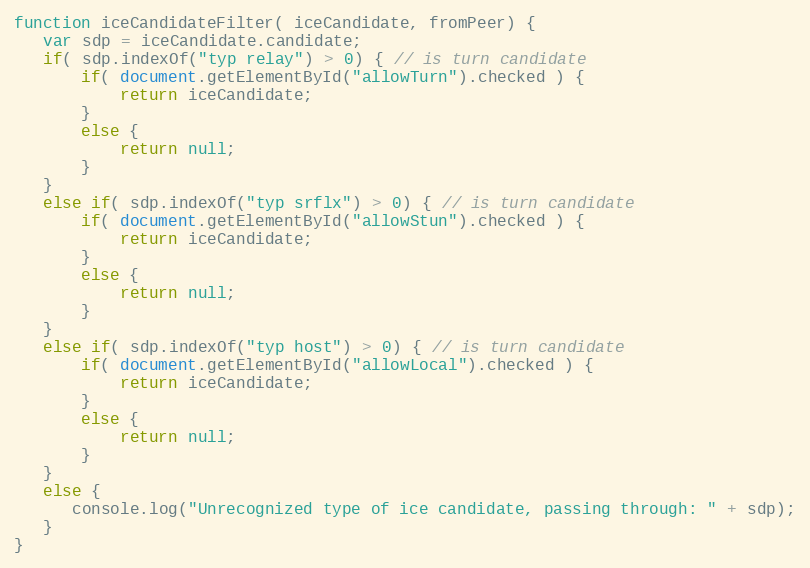
Language: JavaScript
function iceCandidateFilter( iceCandidate, fromPeer) {
   var sdp = iceCandidate.candidate;
   if( sdp.indexOf("typ relay") > 0) { // is turn candidate
       if( document.getElementById("allowTurn").checked ) {
           return iceCandidate;
       }
       else {
           return null;
       }
   }
   else if( sdp.indexOf("typ srflx") > 0) { // is turn candidate
       if( document.getElementById("allowStun").checked ) {
           return iceCandidate;
       }
       else {
           return null;
       }
   }
   else if( sdp.indexOf("typ host") > 0) { // is turn candidate
       if( document.getElementById("allowLocal").checked ) {
           return iceCandidate;
       }
       else {
           return null;
       }
   }
   else {
      console.log("Unrecognized type of ice candidate, passing through: " + sdp);
   }
}